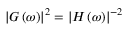
\left| G \left( \omega \right) \right| ^ { 2 } = \left| H \left( \omega \right) \right| ^ { - 2 }